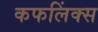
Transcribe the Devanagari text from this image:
कफलिंक्स